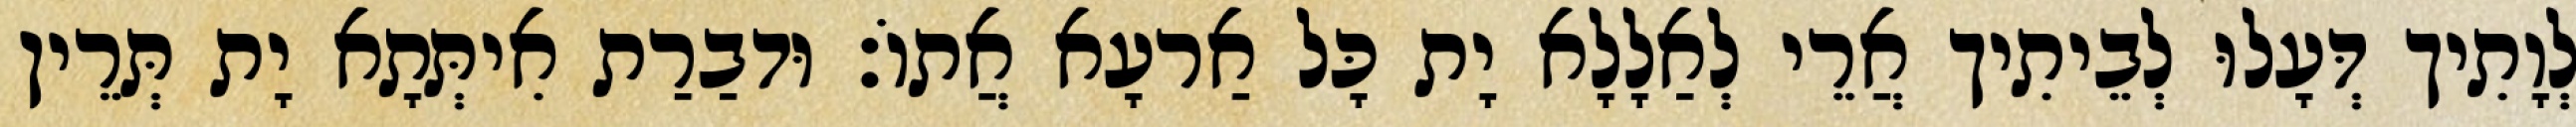
לְוָתִיך דְּעָלוּ לְבֵיתִיך אֲרֵי לְאַלָלָא יָת כָּל אַרעָא אֲתוֹ׃ וּדבַרַת אִיתְּתָא יָת תְּרֵין